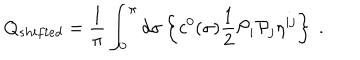
Q _ { s h i f t e d } = \frac { 1 } { \pi } \int _ { 0 } ^ { \pi } d \sigma \left\{ c ^ { 0 } ( \sigma ) \frac { 1 } { 2 } \mathcal { P } _ { i } \mathcal { P } _ { j } \eta ^ { i j } \right\} \ .